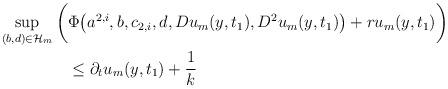
LaTeX: \begin{align*}\sup_{(b,d)\in \mathcal H_m}\bigg(&\Phi\big(a^{2,i},b,c_{2,i},d,Du_m(y,t_1),D^2u_m(y,t_1)\big)+ru_m(y,t_1)\bigg)\\&\leq \partial_t u_m(y,t_1)+\frac{1}{k}\end{align*}